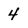
Character: 4